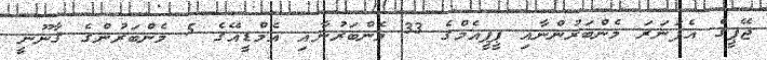
ޖޭޕީގެ އެފަނަރަ މެންބަރުންނާއި ޕީޕީއެމްގެ 33 މެންބަރުނާއި އެމްޑީއޭގެ 5 މެންބަރުންގެ ޤާނޫނީ